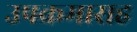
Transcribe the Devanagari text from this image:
उपक्रमासह